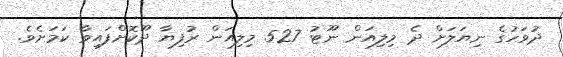
ދުވަހުގެ ނިޔަލަށް ދެ މިލިއަން ނޫޓު 527 މިލިއަން ރުފިޔާ ދޫކޮށްފައިވާ ކަމަށެވެ.